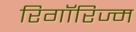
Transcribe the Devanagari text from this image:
रिगॉरिज्म